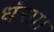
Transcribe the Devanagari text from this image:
धंसा।